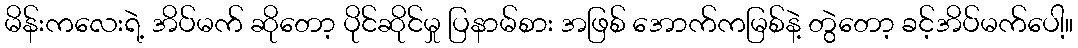
မိန်းကလေးရဲ့ အိပ်မက် ဆိုတော့ ပိုင်ဆိုင်မှု ပြနာမ်စား အဖြစ် အောက်ကမြစ်နဲ့ တွဲတော့ ခင့်အိပ်မက်ပေါ့။